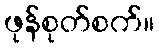
ဖုန်စုတ်စက်။